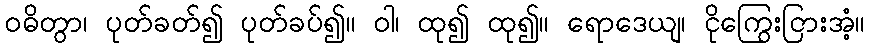
ဝဓိတွာ၊ ပုတ်ခတ်၍ ပုတ်ခပ်၍။ ဝါ၊ ထု၍ ထု၍။ ရောဒေယျ၊ ငိုကြွေးငြားအံ့။